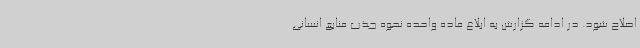
اصلاح شود. در ادامه گزارش به ابلاغ ماده واحده نحوه جذب منابع انسانی